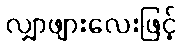
လျှာဖျားလေးဖြင့်